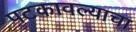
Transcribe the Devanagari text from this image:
पटकावल्याचा